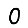
Digit: 0